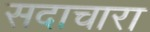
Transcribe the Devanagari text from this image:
सदाचारा